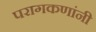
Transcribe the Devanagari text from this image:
परागकणांनी